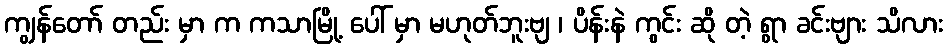
ကျွန်တော် တည်း မှာ က ကသာမြို့ ပေါ် မှာ မဟုတ်ဘူးဗျ ၊ ပိန်းနဲ ကွင်း ဆို တဲ့ ရွာ ခင်းဗျား သိလား